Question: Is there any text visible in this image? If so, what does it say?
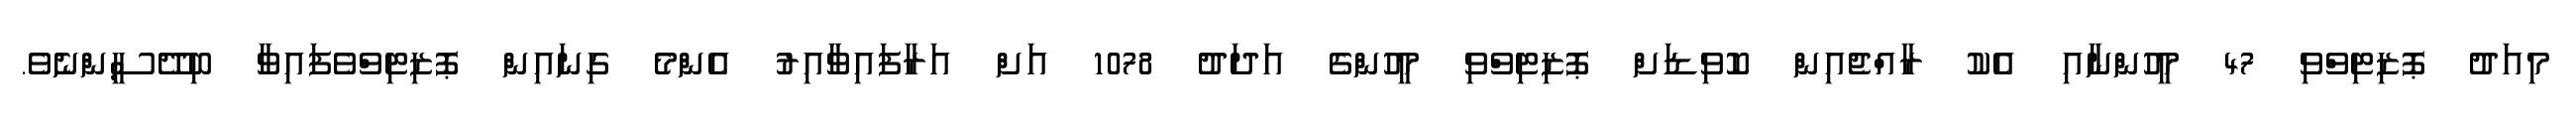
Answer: މިއަދު ޕޮޒިޓިވްވި 47 މީހުންނާއި އެކު ރާއްޖެއިން ކޮވިޑަށް ޕޮޒިޓިވްވި މީހުންގެ އަދަދު 1078 އަށް އަރާފައިވާއިރު އެންމެ ގިނައިން ޕޮޒިޓިވްވެފައިވާ ބިދޭސީންނެވެ.